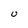
Character: U